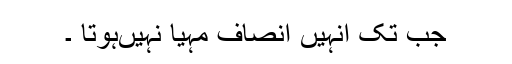
جب تک انہیں انصاف مہیا نہیںہوتا ۔